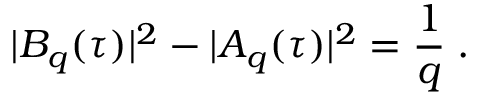
| B _ { q } ( \tau ) | ^ { 2 } - | A _ { q } ( \tau ) | ^ { 2 } = { \frac { 1 } { q } } \; .